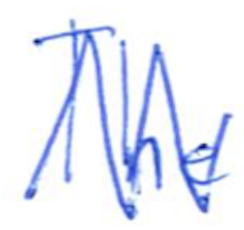
Text: The
Cross-out: zig-zag
Writing tool: ballpoint